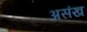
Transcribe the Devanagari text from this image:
असंख